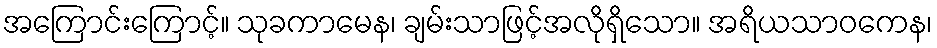
အကြောင်းကြောင့်။ သုခကာမေန၊ ချမ်းသာဖြင့်အလိုရှိသော။ အရိယသာဝကေန၊